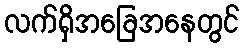
လက်ရှိအခြေအနေတွင်